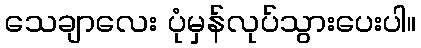
သေချာလေး ပုံမှန်လုပ်သွားပေးပါ။